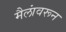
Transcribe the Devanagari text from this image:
मैलांवरून